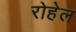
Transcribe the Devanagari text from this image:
रोहेल